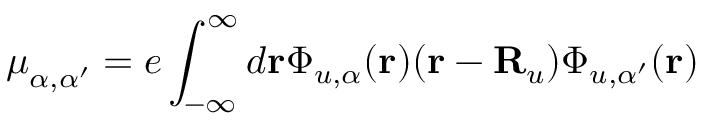
{ \boldsymbol \mu } _ { \alpha , \alpha ^ { \prime } } = e \int _ { - \infty } ^ { \infty } d { \bf r } \Phi _ { u , \alpha } ( { \bf r } ) ( { \bf r } - { \bf R } _ { u } ) \Phi _ { u , \alpha ^ { \prime } } ( { \bf r } )